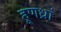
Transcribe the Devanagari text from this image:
हूणध्रां